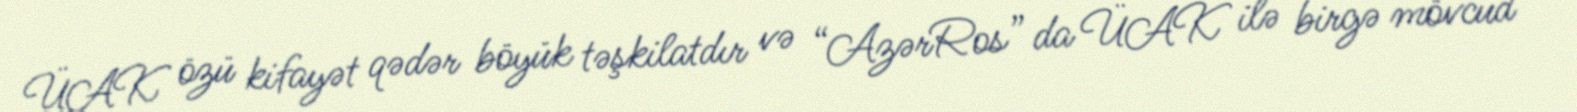
ÜAK özü kifayət qədər böyük təşkilatdır və “AzərRos” da ÜAK ilə birgə mövcud